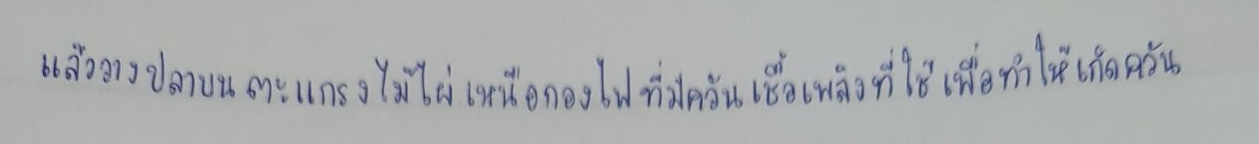
แล้ววางปลาบนตะแกรงไม้ไผ่เหนือกองไฟที่มีควันเชื้อเพลิงที่ใช้เพื่อทำให้เกิดควัน